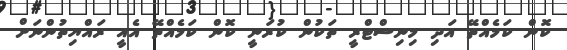
ކޮން ކަމެއްތޭ އަދި މިނިސްޓްރީ ތަކުން ކުރަނީ ކޮން ކަމެއްތޭ އެއީ ރައްޔިތުންނަށް